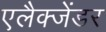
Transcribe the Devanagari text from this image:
एलैक्जेंडर